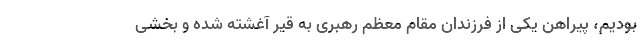
بودیم، پیراهن یکی از فرزندان مقام معظم رهبری به قیر آغشته شده و بخشی